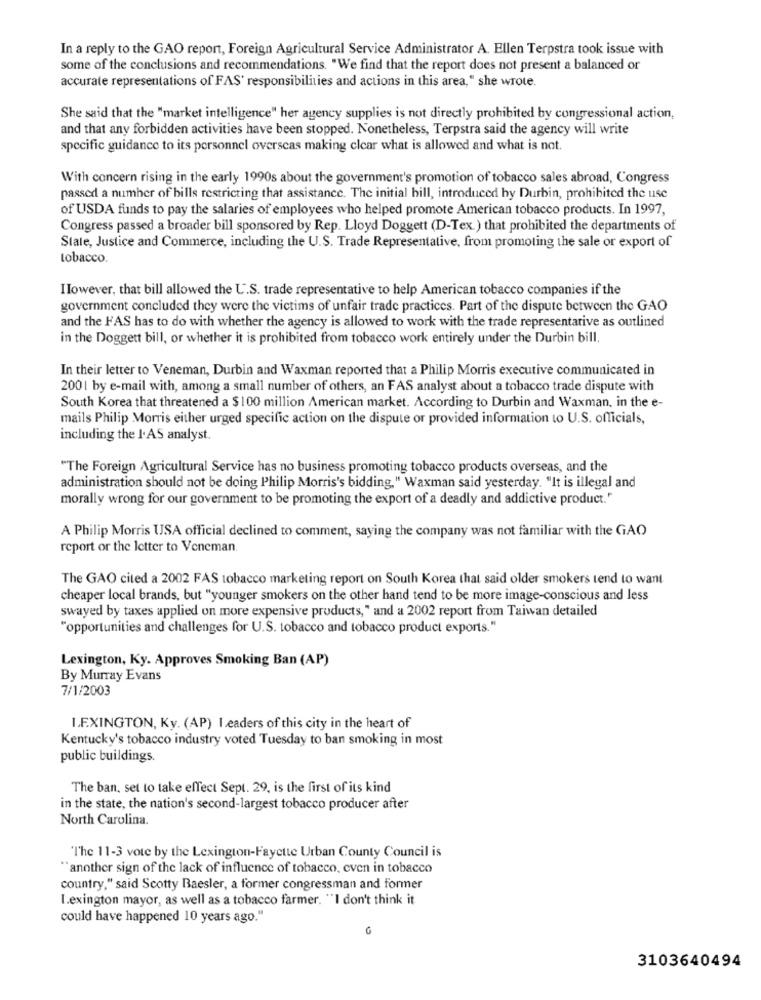
In a reply to the GAO report, Foreign Agricultural Service Administrator A. Ellen Terpstra took issue with
some of the conclusions and recommendations. "We find that the report does not present a balanced or
accurate representations of FAS' responsibilities and actions in this area," she wrote.
She said that the "market intelligence" her agency supplies is not directly prohibited by congressional action,
and that any forbidden activities have been stopped. Nonetheless, Terpstra said the agency will write
specific guidance to its personnel overseas making clear what is allowed and what is not.
With concern rising in the early 1990s about the government's promotion of tobacco sales abroad, Congress
passed a number of bills restricting that assistance. The initial hill, introduced by Durbin, prohibited the use
of USDA funds to pay the salaries of employees who helped promote American tobacco products. In 1997,
Congress passed a broader bill sponsored by Rep. Lloyd Doggett (D-Tex.) that prohibited the departments of
State, Justice and Commerce, including the U.S. Trade Representative, from promoting the sale or export of
tobacco.
Ilowever, that bill allowed the U.S. trade representative to help American tobacco companies if the
government concluded they were the victims of unfair trade practices. Part of the dispute between the GAO
and the FAS has to do with whether the agency is allowed to work with the trade representative as outlined
in the Doggett bill, or whether it is prohibited from tobacco work entirely under the Durbin bill,
In their letter to Veneman, Durbin and Waxman reported that a Philip Morris executive communicated in
2001 by e-mail with, among a small number of others, an FAS analyst about a tobacco trade dispute with
South Korea that threatened a $100 million American market. According to Durbin and Waxman, in the e-
mails Philip Morris either urged specific action on the dispute or provided information to U.S. officials,
including the I.AS analyst.
"The Foreign Agricultural Service has no business promoting tobacco products overseas, and the
administration should not be doing Philip Morris's bidding," Waxman said yesterday. "It is illegal and
morally wrong for our government to be promoting the export of a deadly and addictive product."
A Philip Morris USA official declined to comment, saying the company was not familiar with the GAO
report or the letter to Veneman.
The GAO cited a 2002 FAS tobacco marketing report on South Korea that said older smokers tend to want
cheaper local brands, but "younger smokers on the other hand tend to be more image-conscious and less
swayed by taxes applied on more expensive products," and a 2002 report from Taiwan detailed
"opportunities and challenges for U.S. tobacco and tobacco product exports."
Lexington, Ky. Approves Smoking Ban (AP)
By Murray Evans
7/1/2003
I.F.XINGTON, Ky. (AP) Leaders of this city in the heart of
Kentucky's tobacco industry voted Tuesday to ban smoking in most
public buildings.
The ban, set to take effect Sept. 29, is the first of its kind
in the state, the nation's second-largest tobacco producer after
North Carolina.
The 11-3 vote by the Lexington-Fayette Urban County Council is
"another sign of the lack of influence of tobacco, even in tobacco
country," said Scotty Baesler, a former congressman and former
Lexington mayor, as well as a tobacco farmer. "I don't think it
could have happened 10 years ago."
G
3103640494